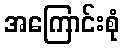
အကြောင်းစုံ